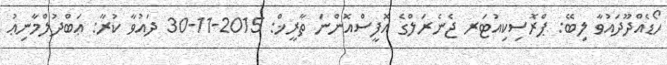
ހޯޑެއްދޫދައުވާ ލިބޭ: ޕްރޮސިކިއުޓަރ ޖެނެރަލްގެ އޮފީސްއޮންނަ ތާރީޚް: 2015-11-30 ދައުވާ ކުރާ: ޢަބްދުލްމާނިޢު